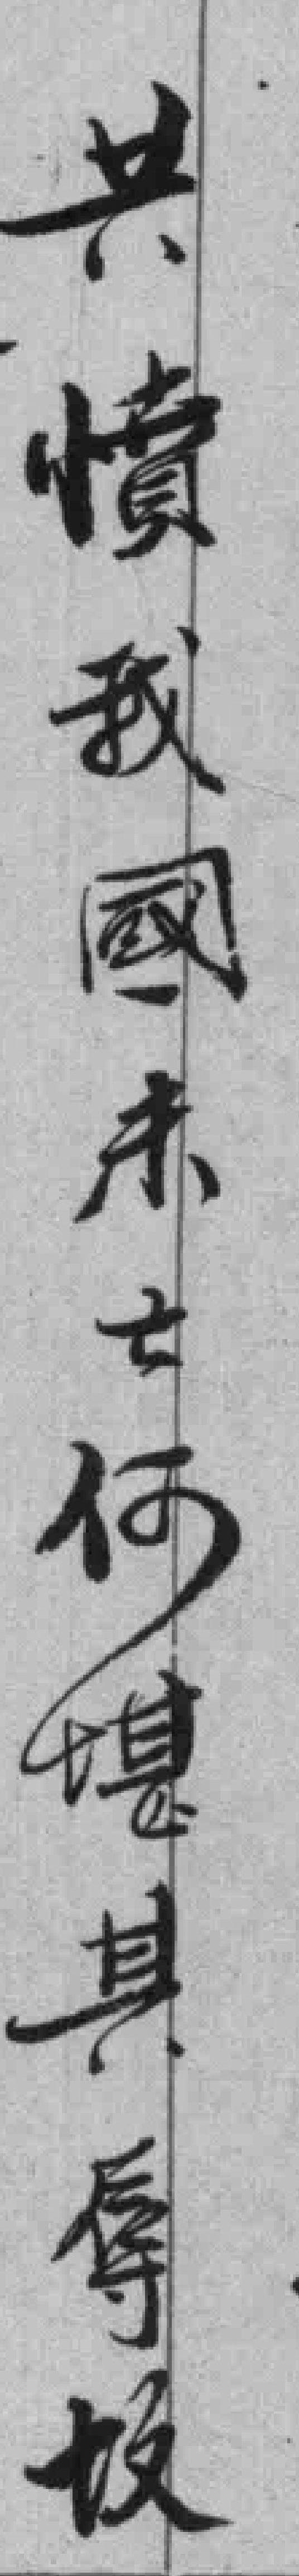
共憤我國未亡何堪其辱故